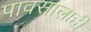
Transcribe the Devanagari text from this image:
पावसालाही